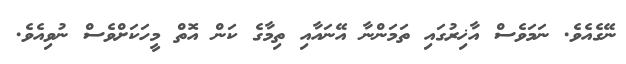
ނޭގެއެވެ. ނަމަވެސް އާޚިރުގައި ތަމަންނާ އޭނައާއި ތިމާގެ ކަން އޮތް މީހަކަށްވެސް ނުވިއެވެ.